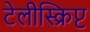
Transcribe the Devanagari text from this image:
टेलीस्क्रिप्ट